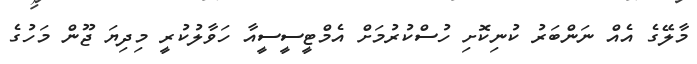
މާލޭގެ އެއް ނަންބަރު ކުނިކޮށި ހުސްކުރުމަށް އެމްޓީސީސީއާ ހަވާލުކުރީ މިދިޔަ ޖޫން މަހުގެ